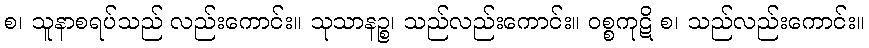
စ၊ သူနာစရပ်သည် လည်းကောင်း။ သုသာနဉ္စ၊ သည်လည်းကောင်း။ ဝစ္စကုဋိ စ၊ သည်လည်းကောင်း။